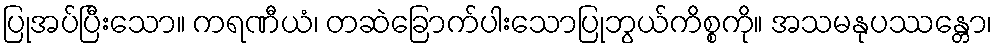
ပြုအပ်ပြီးသော။ ကရဏီယံ၊ တဆဲခြောက်ပါးသောပြုဘွယ်ကိစ္စကို။ အသမနုပဿန္တော၊